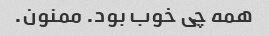
همه چی خوب بود. ممنون.